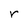
Character: r